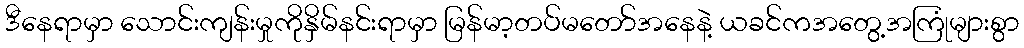
ဒီနေရာမှာ သောင်းကျန်းမှုကိုနှိမ်နင်းရာမှာ မြန်မာ့တပ်မတော်အနေနဲ့ ယခင်ကအတွေ့အကြုံများစွာ